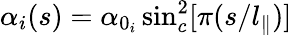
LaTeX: \alpha_{i}(s)=\alpha_{0_{i}}\sin_{c}^{2}[\pi(s/l_{\parallel})]